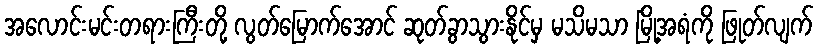
အလောင်းမင်းတရားကြီးတို့ လွတ်မြောက်အောင် ဆုတ်ခွာသွားနိုင်မှ မသိမသာ မြို့အရံကို ဖြုတ်လျက်